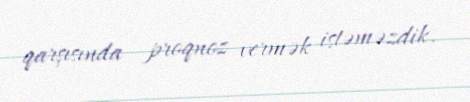
qarşısında proqnoz vermək istəməzdik.